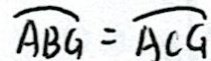
\widehat { A B G } = \widehat { A C G }